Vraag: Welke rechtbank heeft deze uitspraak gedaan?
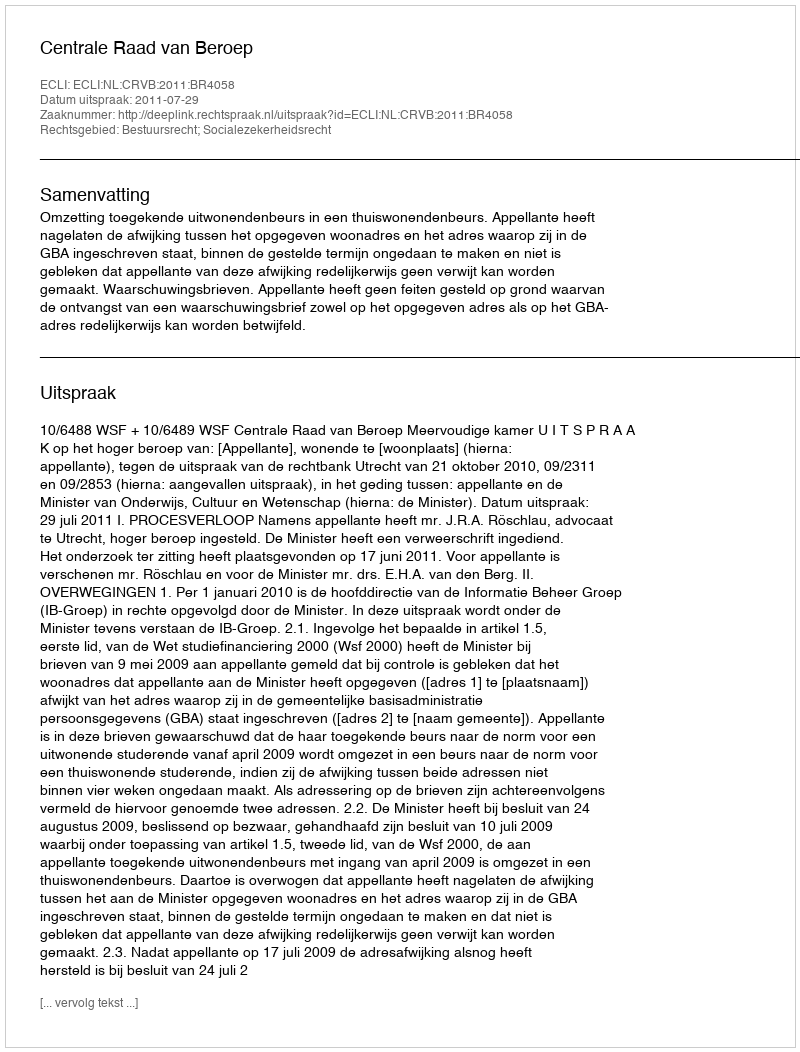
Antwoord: Centrale Raad van Beroep